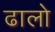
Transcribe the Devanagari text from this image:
ढालो